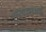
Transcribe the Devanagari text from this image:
रस्त्यावरआहे